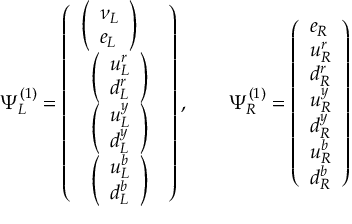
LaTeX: \Psi _ { L } ^ { ( 1 ) } = \left( \begin{array} { l } { { { \left( \begin{array} { l } { { \nu _ { L } } } \\ { { e _ { L } } } \end{array} \right) } } } \\ { { { \begin{array} { l } { { \left( \begin{array} { l } { { u _ { L } ^ { r } } } \\ { { d _ { L } ^ { r } } } \end{array} \right) } } \\ { { \left( \begin{array} { l } { { u _ { L } ^ { y } } } \\ { { d _ { L } ^ { y } } } \end{array} \right) } } \\ { { \left( \begin{array} { l } { { u _ { L } ^ { b } } } \\ { { d _ { L } ^ { b } } } \end{array} \right) } } \end{array} } } } \end{array} \right) , \qquad \Psi _ { R } ^ { ( 1 ) } = \left( \begin{array} { l } { { e _ { R } } } \\ { { u _ { R } ^ { r } } } \\ { { d _ { R } ^ { r } } } \\ { { u _ { R } ^ { y } } } \\ { { d _ { R } ^ { y } } } \\ { { u _ { R } ^ { b } } } \\ { { d _ { R } ^ { b } } } \end{array} \right)